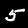
Label: 5